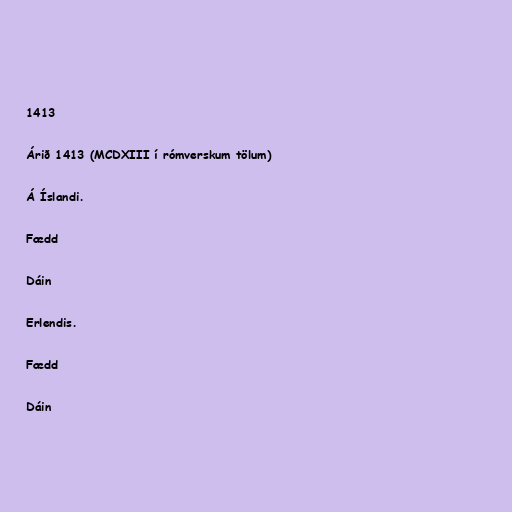
1413

Árið 1413 (MCDXIII í rómverskum tölum)

Á Íslandi.

Fædd

Dáin

Erlendis.

Fædd

Dáin